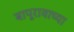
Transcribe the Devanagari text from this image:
बापूरावाच्या